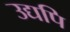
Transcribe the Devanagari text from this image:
उद्यपि